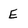
Character: E